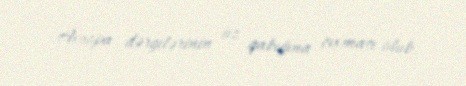
Avropa dərgilərinin üz qabığına çıxması olub.